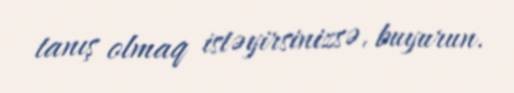
tanış olmaq istəyirsinizsə, buyurun.